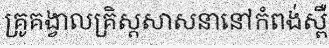
គ្រូគង្វាលគ្រិស្តសាសនានៅកំពង់ស្ពឺ